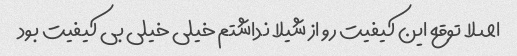
اصلا توقع این کیفیت رو از شیلا نداشتم خیلی خیلی بی کیفیت بود